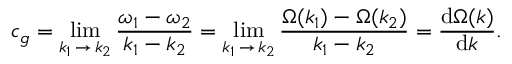
c _ { g } = \operatorname* { l i m } _ { k _ { 1 } \, \to \, k _ { 2 } } { \frac { \omega _ { 1 } - \omega _ { 2 } } { k _ { 1 } - k _ { 2 } } } = \operatorname* { l i m } _ { k _ { 1 } \, \to \, k _ { 2 } } { \frac { \Omega ( k _ { 1 } ) - \Omega ( k _ { 2 } ) } { k _ { 1 } - k _ { 2 } } } = { \frac { { \mathrm { d } } \Omega ( k ) } { { \mathrm { d } } k } } .